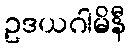
ဥဒယဂါမိနီ